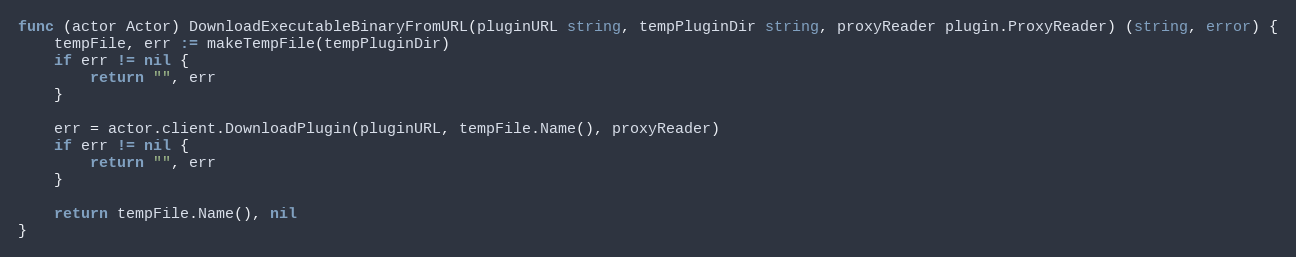
Language: Go
func (actor Actor) DownloadExecutableBinaryFromURL(pluginURL string, tempPluginDir string, proxyReader plugin.ProxyReader) (string, error) {
	tempFile, err := makeTempFile(tempPluginDir)
	if err != nil {
		return "", err
	}

	err = actor.client.DownloadPlugin(pluginURL, tempFile.Name(), proxyReader)
	if err != nil {
		return "", err
	}

	return tempFile.Name(), nil
}